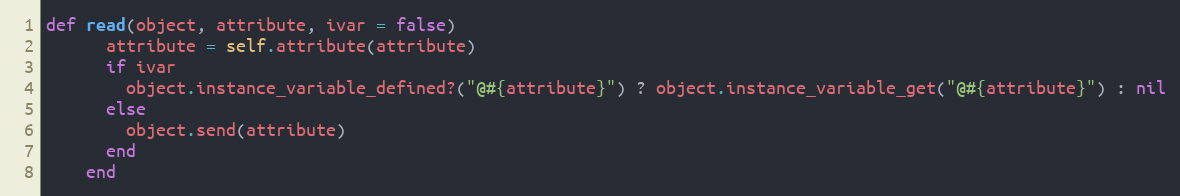
Language: Ruby
def read(object, attribute, ivar = false)
      attribute = self.attribute(attribute)
      if ivar
        object.instance_variable_defined?("@#{attribute}") ? object.instance_variable_get("@#{attribute}") : nil
      else
        object.send(attribute)
      end
    end